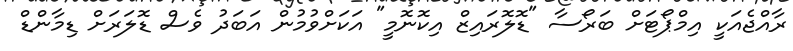
ރާއްޖެއަކީ އިމްޕޯޓަށް ބަރޯސާ "ޑޮލޮރައިޒް އިކޮނޮމީ" އަކަށްވުމުން އަބަދު ވެސް ޑޮލަރަށް ޑިމާންޑް